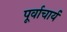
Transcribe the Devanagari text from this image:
पूर्वाचार्य